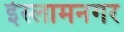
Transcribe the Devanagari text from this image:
ईस्लामनगर